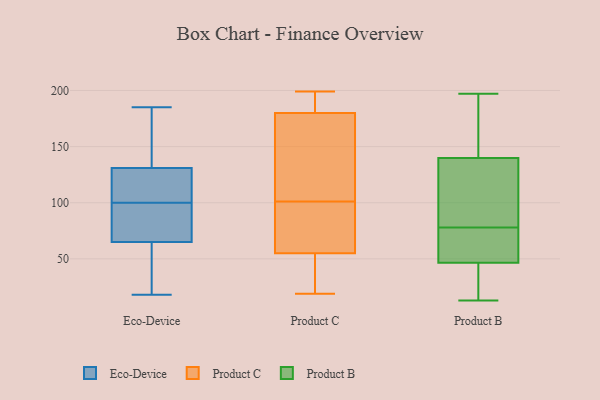
{"axis": {"x": "Bounce Rate (%)", "y": "Value"}, "legend": ["Eco-Device", "Product B", "Product C"], "data": [{"x": "", "y": 184, "type": "Eco-Device"}, {"x": "", "y": 21, "type": "Eco-Device"}, {"x": "", "y": 129, "type": "Eco-Device"}, {"x": "", "y": 65, "type": "Eco-Device"}, {"x": "", "y": 112, "type": "Eco-Device"}, {"x": "", "y": 77, "type": "Eco-Device"}, {"x": "", "y": 185, "type": "Eco-Device"}, {"x": "", "y": 131, "type": "Eco-Device"}, {"x": "", "y": 88, "type": "Eco-Device"}, {"x": "", "y": 66, "type": "Eco-Device"}, {"x": "", "y": 18, "type": "Eco-Device"}, {"x": "", "y": 126, "type": "Eco-Device"}, {"x": "", "y": 43, "type": "Eco-Device"}, {"x": "", "y": 136, "type": "Eco-Device"}, {"x": "", "y": 158, "type": "Product C"}, {"x": "", "y": 19, "type": "Product C"}, {"x": "", "y": 180, "type": "Product C"}, {"x": "", "y": 86, "type": "Product C"}, {"x": "", "y": 199, "type": "Product C"}, {"x": "", "y": 24, "type": "Product C"}, {"x": "", "y": 67, "type": "Product C"}, {"x": "", "y": 21, "type": "Product C"}, {"x": "", "y": 198, "type": "Product C"}, {"x": "", "y": 165, "type": "Product C"}, {"x": "", "y": 55, "type": "Product C"}, {"x": "", "y": 189, "type": "Product C"}, {"x": "", "y": 55, "type": "Product C"}, {"x": "", "y": 116, "type": "Product C"}, {"x": "", "y": 103, "type": "Product B"}, {"x": "", "y": 15, "type": "Product B"}, {"x": "", "y": 73, "type": "Product B"}, {"x": "", "y": 153, "type": "Product B"}, {"x": "", "y": 139, "type": "Product B"}, {"x": "", "y": 78, "type": "Product B"}, {"x": "", "y": 25, "type": "Product B"}, {"x": "", "y": 82, "type": "Product B"}, {"x": "", "y": 73, "type": "Product B"}, {"x": "", "y": 46, "type": "Product B"}, {"x": "", "y": 162, "type": "Product B"}, {"x": "", "y": 197, "type": "Product B"}, {"x": "", "y": 15, "type": "Product B"}, {"x": "", "y": 109, "type": "Product B"}, {"x": "", "y": 140, "type": "Product B"}, {"x": "", "y": 48, "type": "Product B"}, {"x": "", "y": 69, "type": "Product B"}, {"x": "", "y": 182, "type": "Product B"}, {"x": "", "y": 13, "type": "Product B"}]}